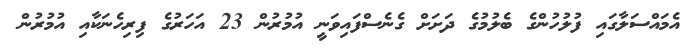
އެމައްސަލާގައި ފުލުހުންގެ ބެލުމުގެ ދަށަށް ގެނެސްފައިވަނީ އުމުރުން 23 އަހަރުގެ ފިރިހެނަކާއި އުމުރުން